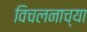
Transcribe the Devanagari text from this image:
विचलनाच्या